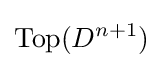
\operatorname {Top} (D^{n+1})